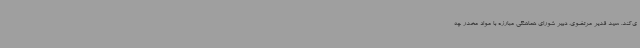
ی‌کند. سید قدیر مرتضوی، دبیر شورای هماهنگی مبارزه با مواد مخدر چه